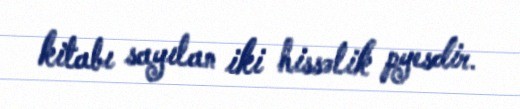
kitabı sayılan iki hissəlik pyesdir.